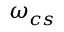
\omega _ { c s }